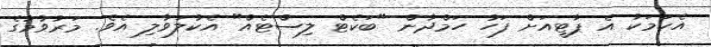
އެކަމަކު އެ ޕާޓީއަށް ފަހު ހަމްދާން "ބަކެޓް ލިސްޓެއް" އެކުލަވާލި އެވެ. މަރުވުމުގެ